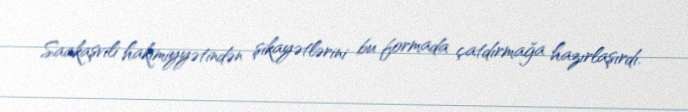
Saakaşvili hakimiyyətindən şikayətlərini bu formada çatdırmağa hazırlaşırdı.